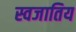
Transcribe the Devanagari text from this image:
स्वजातिय